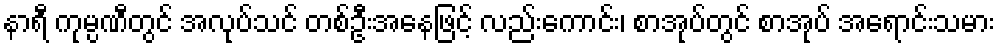
နာရီ ကုမ္ပဏီတွင် အလုပ်သင် တစ်ဦးအနေဖြင့် လည်းကောင်း၊ စာအုပ်တွင် စာအုပ် အရောင်းသမား